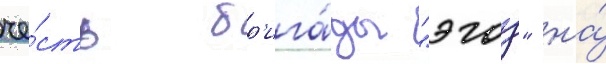
че́сть бр'ига́ды "эгоз" на́